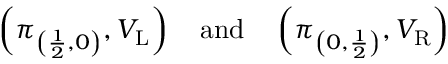
\left( \pi _ { \left( { \frac { 1 } { 2 } } , 0 \right) } , V _ { \mathrm { L } } \right) \quad { \mathrm { a n d } } \quad \left( \pi _ { \left( 0 , { \frac { 1 } { 2 } } \right) } , V _ { \mathrm { R } } \right)